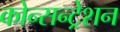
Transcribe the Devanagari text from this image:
कोन्सन्ट्रेशन